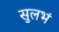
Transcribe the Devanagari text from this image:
सुलभं